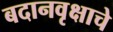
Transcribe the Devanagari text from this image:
बदानवृक्षाचे